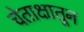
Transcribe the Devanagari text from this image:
चेताक्षातून